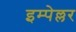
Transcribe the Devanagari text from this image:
इम्पेल्लर